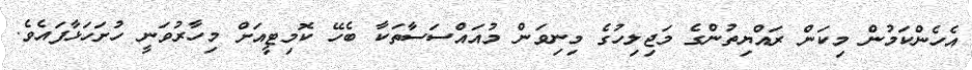
އެހެންކަމުން މިކަން ރައްޔިތުންގެ މަޖިލިހުގެ މިނިވަން މުއައްސަސާތަކާ ބެހޭ ކޮމިޓީއަށް މިހާރުވަނީ ހުށަހަޅާފައެވެ.